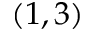
( 1 , 3 )